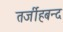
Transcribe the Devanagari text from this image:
तर्जीहबन्द